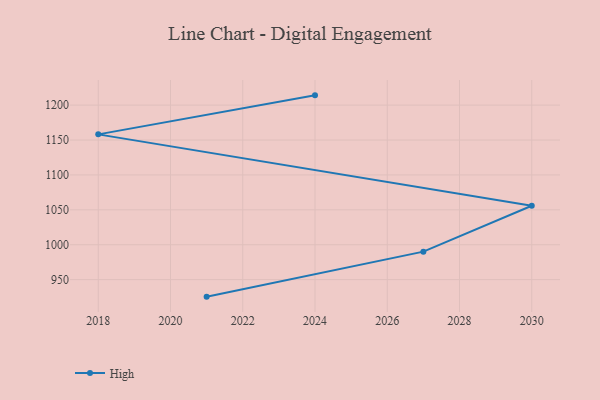
{"axis": {"x": "Year", "y": "Conversion Rate (%)"}, "legend": ["High"], "data": [{"x": "2024", "y": 1214.0, "type": "High"}, {"x": "2018", "y": 1158.1, "type": "High"}, {"x": "2030", "y": 1055.8, "type": "High"}, {"x": "2027", "y": 990.1, "type": "High"}, {"x": "2021", "y": 925.6, "type": "High"}]}